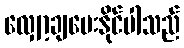
လျှော့ချပေးနိုင်ပါသည်